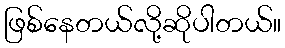
ဖြစ်နေတယ်လို့ဆိုပါတယ်။